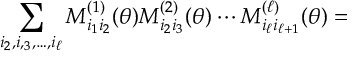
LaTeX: \sum _ { i _ { 2 } , i , _ { 3 } , \ldots , i _ { \ell } } M _ { i _ { 1 } i _ { 2 } } ^ { ( 1 ) } ( \theta ) M _ { i _ { 2 } i _ { 3 } } ^ { ( 2 ) } ( \theta ) \cdots M _ { i _ { \ell } i _ { \ell + 1 } } ^ { ( \ell ) } ( \theta ) =